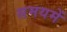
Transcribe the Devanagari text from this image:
समयमें